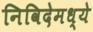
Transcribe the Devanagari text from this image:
निविदेमध्ये